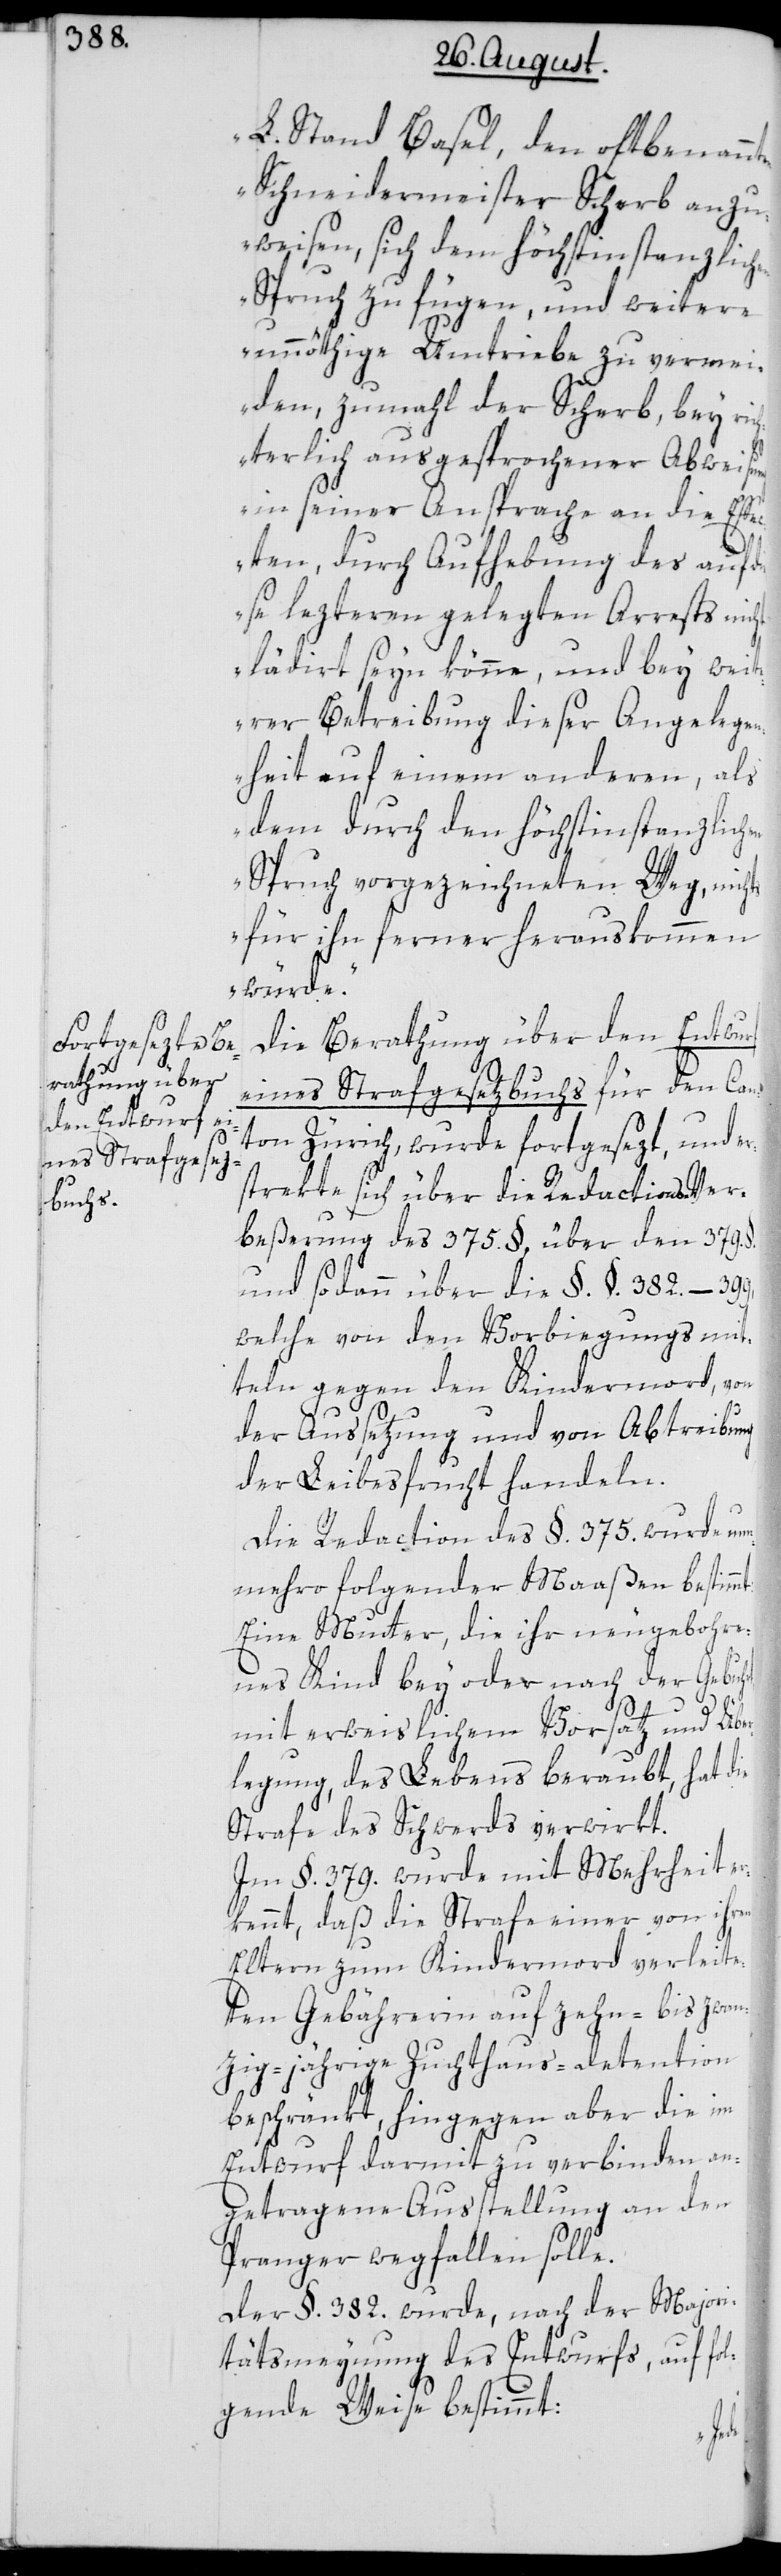
L. Stand Basel, den oftbenannten
Schneidermeister Scherb anzu¬
weisen, sich dem höchstinstanzlichen
Spruch zu fügen, und weitere
unnöthige Umtriebe zu vermei¬
den, zumahl der Scherb, bey ri¬
chterlich ausgesprochener Abweisung
in seiner Ansprache an die Effe¬
cten, durch Aufhebung des auf di¬
ese lezteren gelegten Arrests nicht
lädiert seyn könne, und bey weit¬
erer Betreibung dieser Angelegen¬
heit auf einem anderen, als
dem durch den höchstinstanzlich¬
Spruch vorgezeichneten Weg, nichts
für ihn ferner herauskommen
würde.“
Die Berathung über den Entwurf
eines Strafgesetzbuchs für den Can¬
ton Zürich wurde fortgesezt, und er¬
strekte sich über die Redactions-Ver¬
beßerung des 375. §, über den 379.
und sodann über die §.§. 382–399,
welche von den Vorbiegungsmit¬
teln gegen den Kindermord, von
der Aussetzung und von Abtreibung
der Leibesfrucht handeln.
Die Redaction des §. 375. wurde nun¬
mehro folgender Maaßen bestimm¬
Eine Mutter, die ihr neugebohre¬
nes Kind bey oder nach der Gebuh¬
rt
mit erweislichem Vorsatz und Über¬
legung, des Lebens beraubt, hat die
Strafe des Schwerds verwirkt.
Im §. 379. wurde mit Mehrheit er¬
kennt, daß die Strafe einer von ihren
Eltern zum Kindermord verleite¬
ten Gebährerin auf zehn- bis zwan¬
zig-jährige Zuchthaus-detention
beschränkt, hingegen aber die im
Entwurf darmit zu verbinden an¬
getragene Ausstellung an den
Pranger wegfallen solle.
Der §. 382. wurde, nach der Majori¬
tätsmeynung des Entwurfs, auf fo¬
lgende Weise bestimmt: